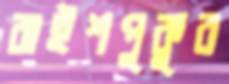
বাইশপুকুর